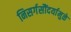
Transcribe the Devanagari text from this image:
निसर्गसौंदर्यामुळे